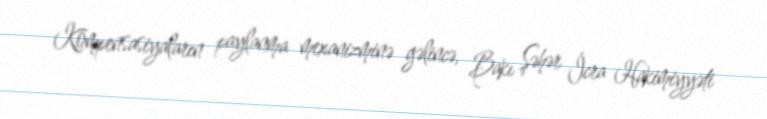
Kompensasiyaların paylanma mexanizminə gəlincə, Bakı Şəhər İcra Hakimiyyəti